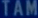
TAM